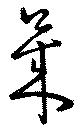
莱